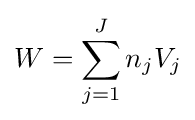
W=\sum _{j=1}^{J}n_{j}V_{j}